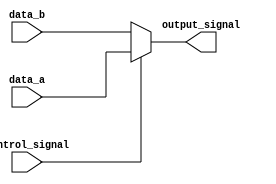
module conditional_assignment (
    input wire control_signal,   // Control signal for condition
    input wire [7:0] data_a,     // First data input (8-bit wide)
    input wire [7:0] data_b,     // Second data input (8-bit wide)
    output wire [7:0] output_signal // Output signal (8-bit wide)
);

// Continuous assignment using ternary operator
assign output_signal = (control_signal) ? data_a : data_b;

endmodule